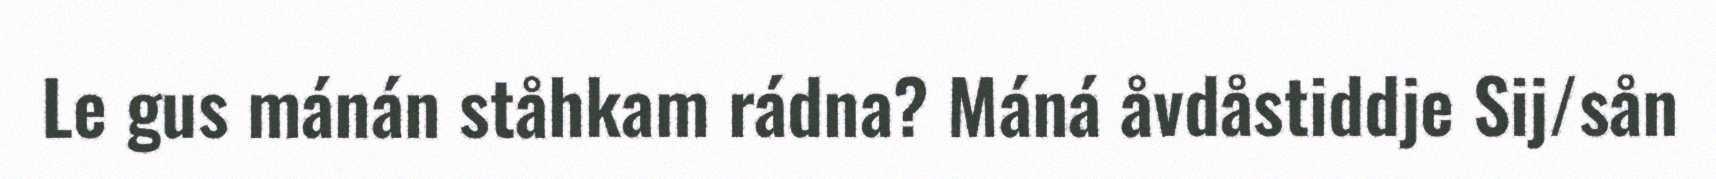
Le gus mánán ståhkam rádna? Máná åvdåstiddje Sij/sån